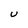
Character: U